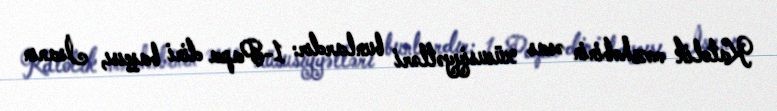
Katolik məzhəbinin əsas xüsusiyyətləri bunlardır: 1-Papa dini başçısı, İsanın